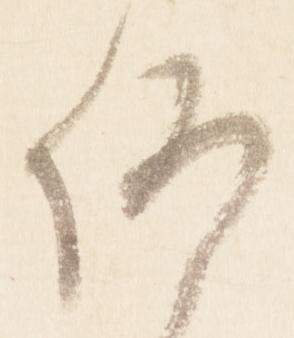
仰